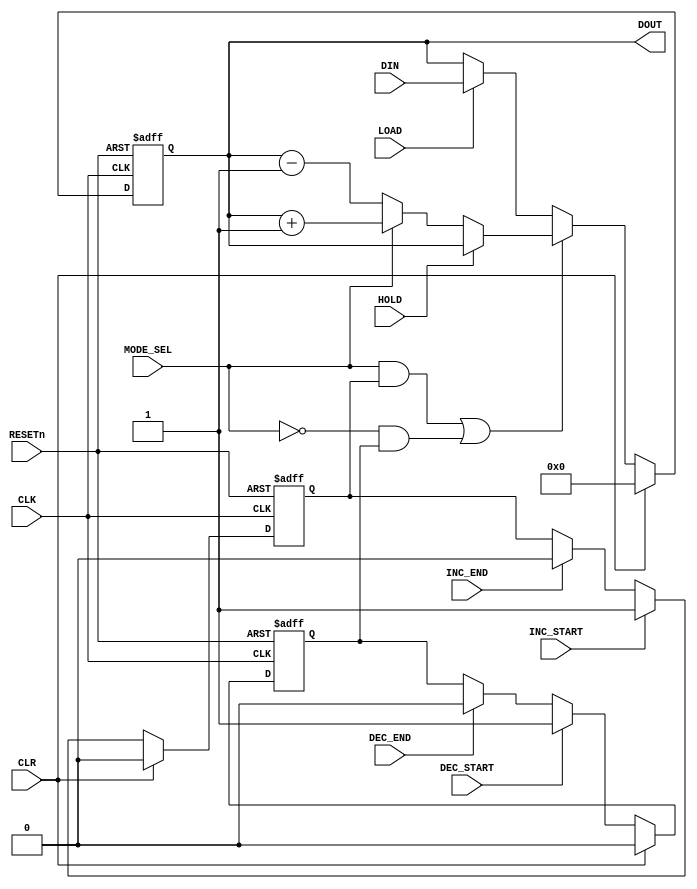
`timescale 1ns/100ps
module counter8
(INC_END,
INC_START,
DEC_END,
DEC_START,
RESETn,
MODE_SEL,
CLR,
CLK,
HOLD,
LOAD,
DIN,
DOUT);
input INC_END,DEC_END;
input INC_START,DEC_START;
input RESETn,MODE_SEL;
input CLR;
input CLK;
input HOLD,LOAD;
input[7:0] DIN;
output[7:0] DOUT;

reg Q1,Q2;
wire D1,D2;
wire Work_en,MODE_SEL;
reg[7:0] DOUT;
wire[7:0] D3;
//flip-flop 
always @ (posedge CLK or negedge RESETn)
   begin
   if(!RESETn)  Q1<=1'b0;
   else  Q1<=D1;
   end
assign  D1 = CLR?1'b0:
             INC_START?1'b1:
             INC_END?1'b0:
             Q1;
       
   
//flip-flop 
  always @ (posedge CLK or negedge RESETn)
   begin
   if(!RESETn)  Q2<=0;
   else  Q2<=D2;
   end
 assign  D2 = CLR?1'b0:
             DEC_START?1'b1:
             DEC_END?1'b0:
             Q2;
   

 assign  Work_en = (MODE_SEL&Q1)|((~MODE_SEL)&Q2);
       


 always @(posedge CLK or negedge RESETn)
      begin
        if(!RESETn) DOUT <= 8'b0000000;
        else DOUT <= D3;
       end
   

 assign D3 = CLR ? 8'b0 :((~Work_en) ? (LOAD?DIN:DOUT) :
                (HOLD?DOUT:(MODE_SEL ? (DOUT + 8'b00000001) :(DOUT - 8'b00000001))));
		 
    
endmodule